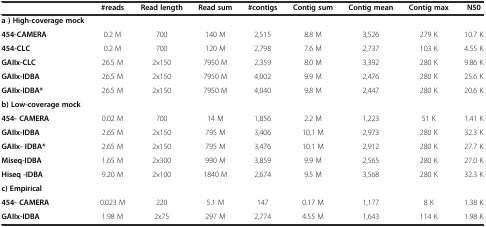
<table><thead><tr><td></td><td><b>#reads</b></td><td><b>Read length</b></td><td><b>Read sum</b></td><td><b>#contigs</b></td><td><b>Contig sum</b></td><td><b>Contig mean</b></td><td><b>Contig max</b></td><td><b>N50</b></td></tr></thead><tbody><tr><td><b>a ) High-coverage mock</b></td><td></td><td></td><td></td><td></td><td></td><td></td><td></td><td></td></tr><tr><td><b>454-CAMERA</b></td><td>0.2 M</td><td>700</td><td>140 M</td><td>2,515</td><td>8.8 M</td><td>3,526</td><td>279 K</td><td>10.7 K</td></tr><tr><td><b>454-CLC</b></td><td>0.2 M</td><td>700</td><td>120 M</td><td>2,798</td><td>7.6 M</td><td>2,737</td><td>103 K</td><td>4.55 K</td></tr><tr><td><b>GAIIx-CLC</b></td><td>26.5 M</td><td>2x150</td><td>7950 M</td><td>2,359</td><td>8.0 M</td><td>3,392</td><td>280 K</td><td>9.86 K</td></tr><tr><td><b>GAIIx-IDBA</b></td><td>26.5 M</td><td>2x150</td><td>7950 M</td><td>4,002</td><td>9.9 M</td><td>2,476</td><td>280 K</td><td>25.6 K</td></tr><tr><td><b>GAIIx-IDBA*</b></td><td>26.5 M</td><td>2x150</td><td>7950 M</td><td>4,040</td><td>9.8 M</td><td>2,447</td><td>280 K</td><td>20.6 K</td></tr><tr><td><b>b) Low-coverage mock</b></td><td></td><td></td><td></td><td></td><td></td><td></td><td></td><td></td></tr><tr><td><b>454- CAMERA</b></td><td>0.02 M</td><td>700</td><td>14 M</td><td>1,856</td><td>2.2 M</td><td>1,223</td><td>51 K</td><td>1.41 K</td></tr><tr><td><b>GAIIx-IDBA</b></td><td>2.65 M</td><td>2x150</td><td>795 M</td><td>3,406</td><td>10.1 M</td><td>2,973</td><td>280 K</td><td>32.3 K</td></tr><tr><td><b>GAIIx- IDBA*</b></td><td>2.65 M</td><td>2x150</td><td>795 M</td><td>3,476</td><td>10.1 M</td><td>2,912</td><td>280 K</td><td>27.7 K</td></tr><tr><td><b>Miseq-IDBA</b></td><td>1.65 M</td><td>2x300</td><td>990 M</td><td>3,859</td><td>9.9 M</td><td>2,565</td><td>280 K</td><td>27.0 K</td></tr><tr><td><b>Hiseq -IDBA</b></td><td>9.20 M</td><td>2x100</td><td>1840 M</td><td>2,674</td><td>9.5 M</td><td>3,568</td><td>280 K</td><td>32.3 K</td></tr><tr><td><b>c) Empirical</b></td><td></td><td></td><td></td><td></td><td></td><td></td><td></td><td></td></tr><tr><td><b>454- CAMERA</b></td><td>0.023 M</td><td>220</td><td>5.1 M</td><td>147</td><td>0.17 M</td><td>1,177</td><td>8 K</td><td>1.38 K</td></tr><tr><td><b>GAIIx-IDBA</b></td><td>1.98 M</td><td>2x75</td><td>297 M</td><td>2,774</td><td>4.55 M</td><td>1,643</td><td>114 K</td><td>1.98 K</td></tr></tbody></table>